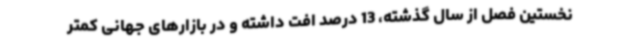
نخستین فصل از سال گذشته، 13 درصد افت داشته و در بازارهای جهانی کمتر